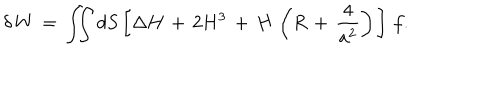
LaTeX: \delta \, W \, = \, \int \! \! \! \int d S \left[ \Delta H \, + \, 2 H ^ { 3 } \, + \, H \, \left( R \, + \, \frac { 4 } { a ^ { 2 } } \right) \, \right] \, f .